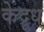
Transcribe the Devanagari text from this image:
केदूध